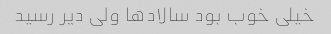
خیلی خوب بود سالاد‌ها ولی دیر رسید